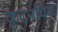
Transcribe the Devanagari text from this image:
कूटनयिक